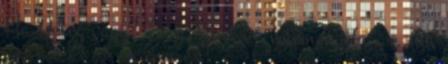
Ha Beteg vagy? Tesla Saver – vélemények, ár, hol